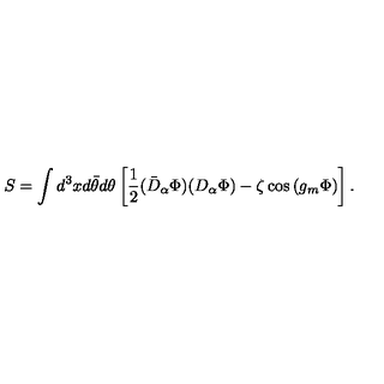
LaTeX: S = \int d ^ { 3 } x d \bar { \theta } d \theta \left[ \frac 1 2 ( \bar { D } _ { \alpha } \Phi ) ( D _ { \alpha } \Phi ) - \zeta \cos \left( g _ { m } \Phi \right) \right] .